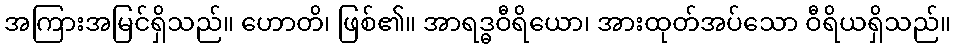
အကြားအမြင်ရှိသည်။ ဟောတိ၊ ဖြစ်၏။ အာရဒ္ဓဝီရိယော၊ အားထုတ်အပ်သော ဝီရိယရှိသည်။